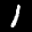
Digit: 1